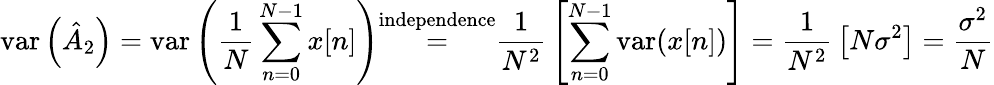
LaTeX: \mathrm{var}\left({\hat{A}}_{2}\right)=\mathrm{var}\left({\frac{1}{N}}\sum_{n=0}^{N-1}x[n]\right){\overset{\mathrm{independence}}{=}}{\frac{1}{N^{2}}}\left[\sum_{n=0}^{N-1}\mathrm{var}(x[n])\right]={\frac{1}{N^{2}}}\left[N\sigma^{2}\right]={\frac{\sigma^{2}}{N}}